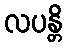
လပန္တိ